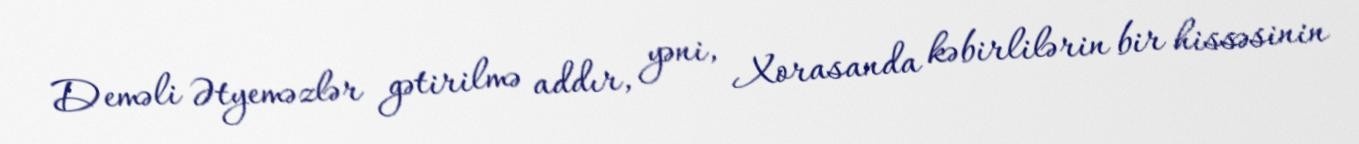
Deməli Ətyeməzlər gətirilmə addır, yəni, Xorasanda kəbirlilərin bir hissəsinin